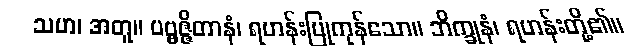
သဟ၊ အတူ။ ပဗ္ဗဇ္ဇိတာနံ၊ ရဟန်းပြုကုန်သော။ ဘိက္ခုနံ၊ ရဟန်းတို့၏။